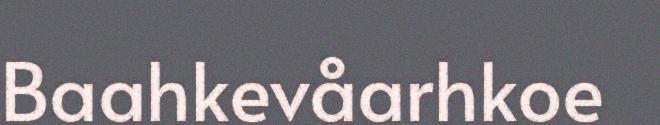
Baahkevåarhkoe